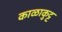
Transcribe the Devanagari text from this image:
काळाकुट्ट